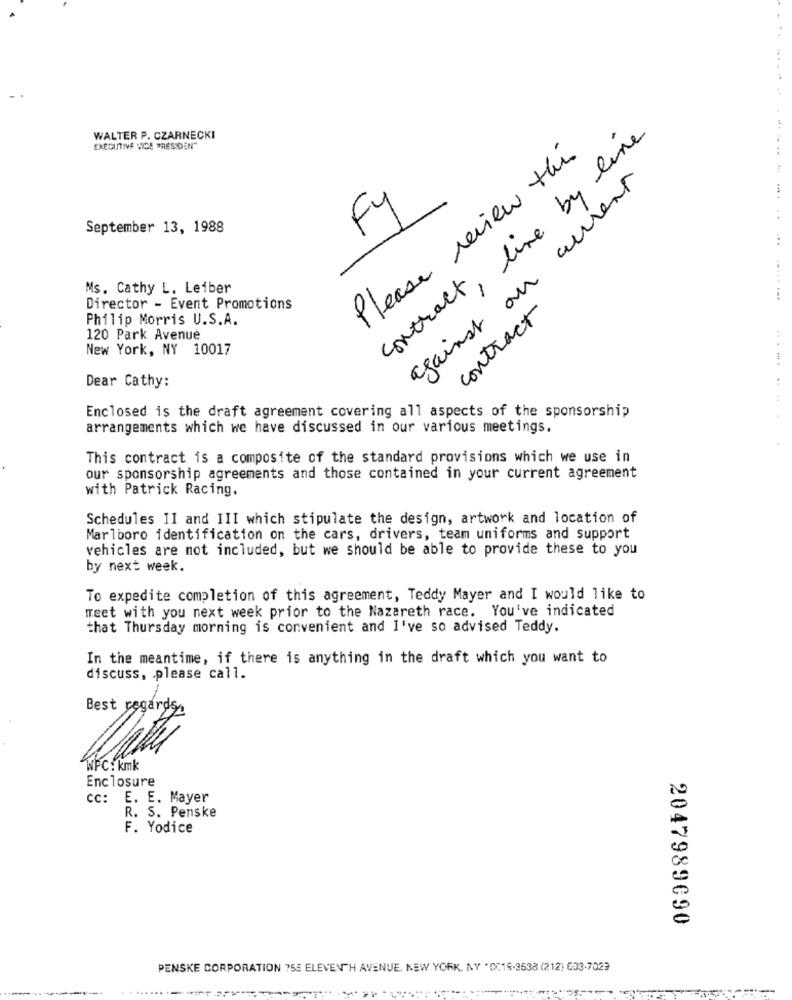
WALTER P. CZARNECKI
contract, live by line
EXECUTIVE VICE PRESIDEN"
Please review this
against on current
Fy
. .
September 13, 1988
Ms. Cathy L. Leiber
Director - Event Promotions
contract
Philip Morris U.S.A.
120 Park Avenue
New York, NY 10017
Dear Cathy:
Enclosed is the draft agreement covering all aspects of the sponsorship
arrangements which we have discussed in our various meetings.
This contract is a composite of the standard provisions which we use in
our sponsorship agreements and those contained in your current agreement
with Patrick Racing.
Schedules 1I and III which stipulate the design, artwork and location of
Marlboro identification on the cars, drivers, team uniforms and support
vehicles are not included, but we should be able to provide these to you
by next week.
To expedite completion of this agreement, Teddy Mayer and I would like to
meet with you next week prior to the Nazareth race. You've indicated
that Thursday morning is convenient and I've so advised Teddy.
In the meantime, if there is anything in the draft which you want to
discuss, please call.
Best regards.
-
WPC: kmk
Enclosure
cc: E. E. Mayer
R. S. Penske
F. Yodice
2047989090
PENSKE CORPORATION 755 ELEVENTH AVENUE, NEW YORK, NY 'D:19-3538 (212) 603-7023